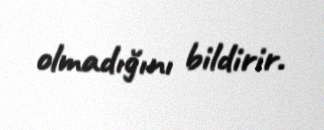
olmadığını bildirir.